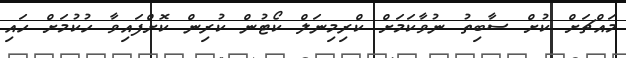
މައްޗަށް ކުށް ސާބިތު ނުވާކަމަށް ކްރިމިނަލް ކޯޓުން ކުރިން ކޮށްފައިވާ ހުކުމަށް ހައި